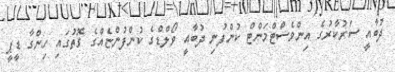
ދުބާއީ ސަރުކާރުގެ އިންވެސްޓްމަންޓް ކުންފުނި ދުބާއީ ވޯލްޑްގެ ކުންފުންޏެއްގެ ގޮތުގައި ހިންގާ ޑީޕީ